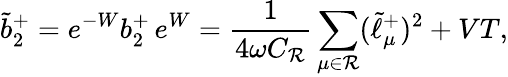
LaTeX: \tilde{b}_{2}^{+}=e^{-W}b_{2}^{+}\, e^{W}={\frac{1}{4\omega C_{\cal R}}}\sum_{\mu\in{\cal R}}(\tilde{\ell}_{\mu}^{+})^{2}+VT,